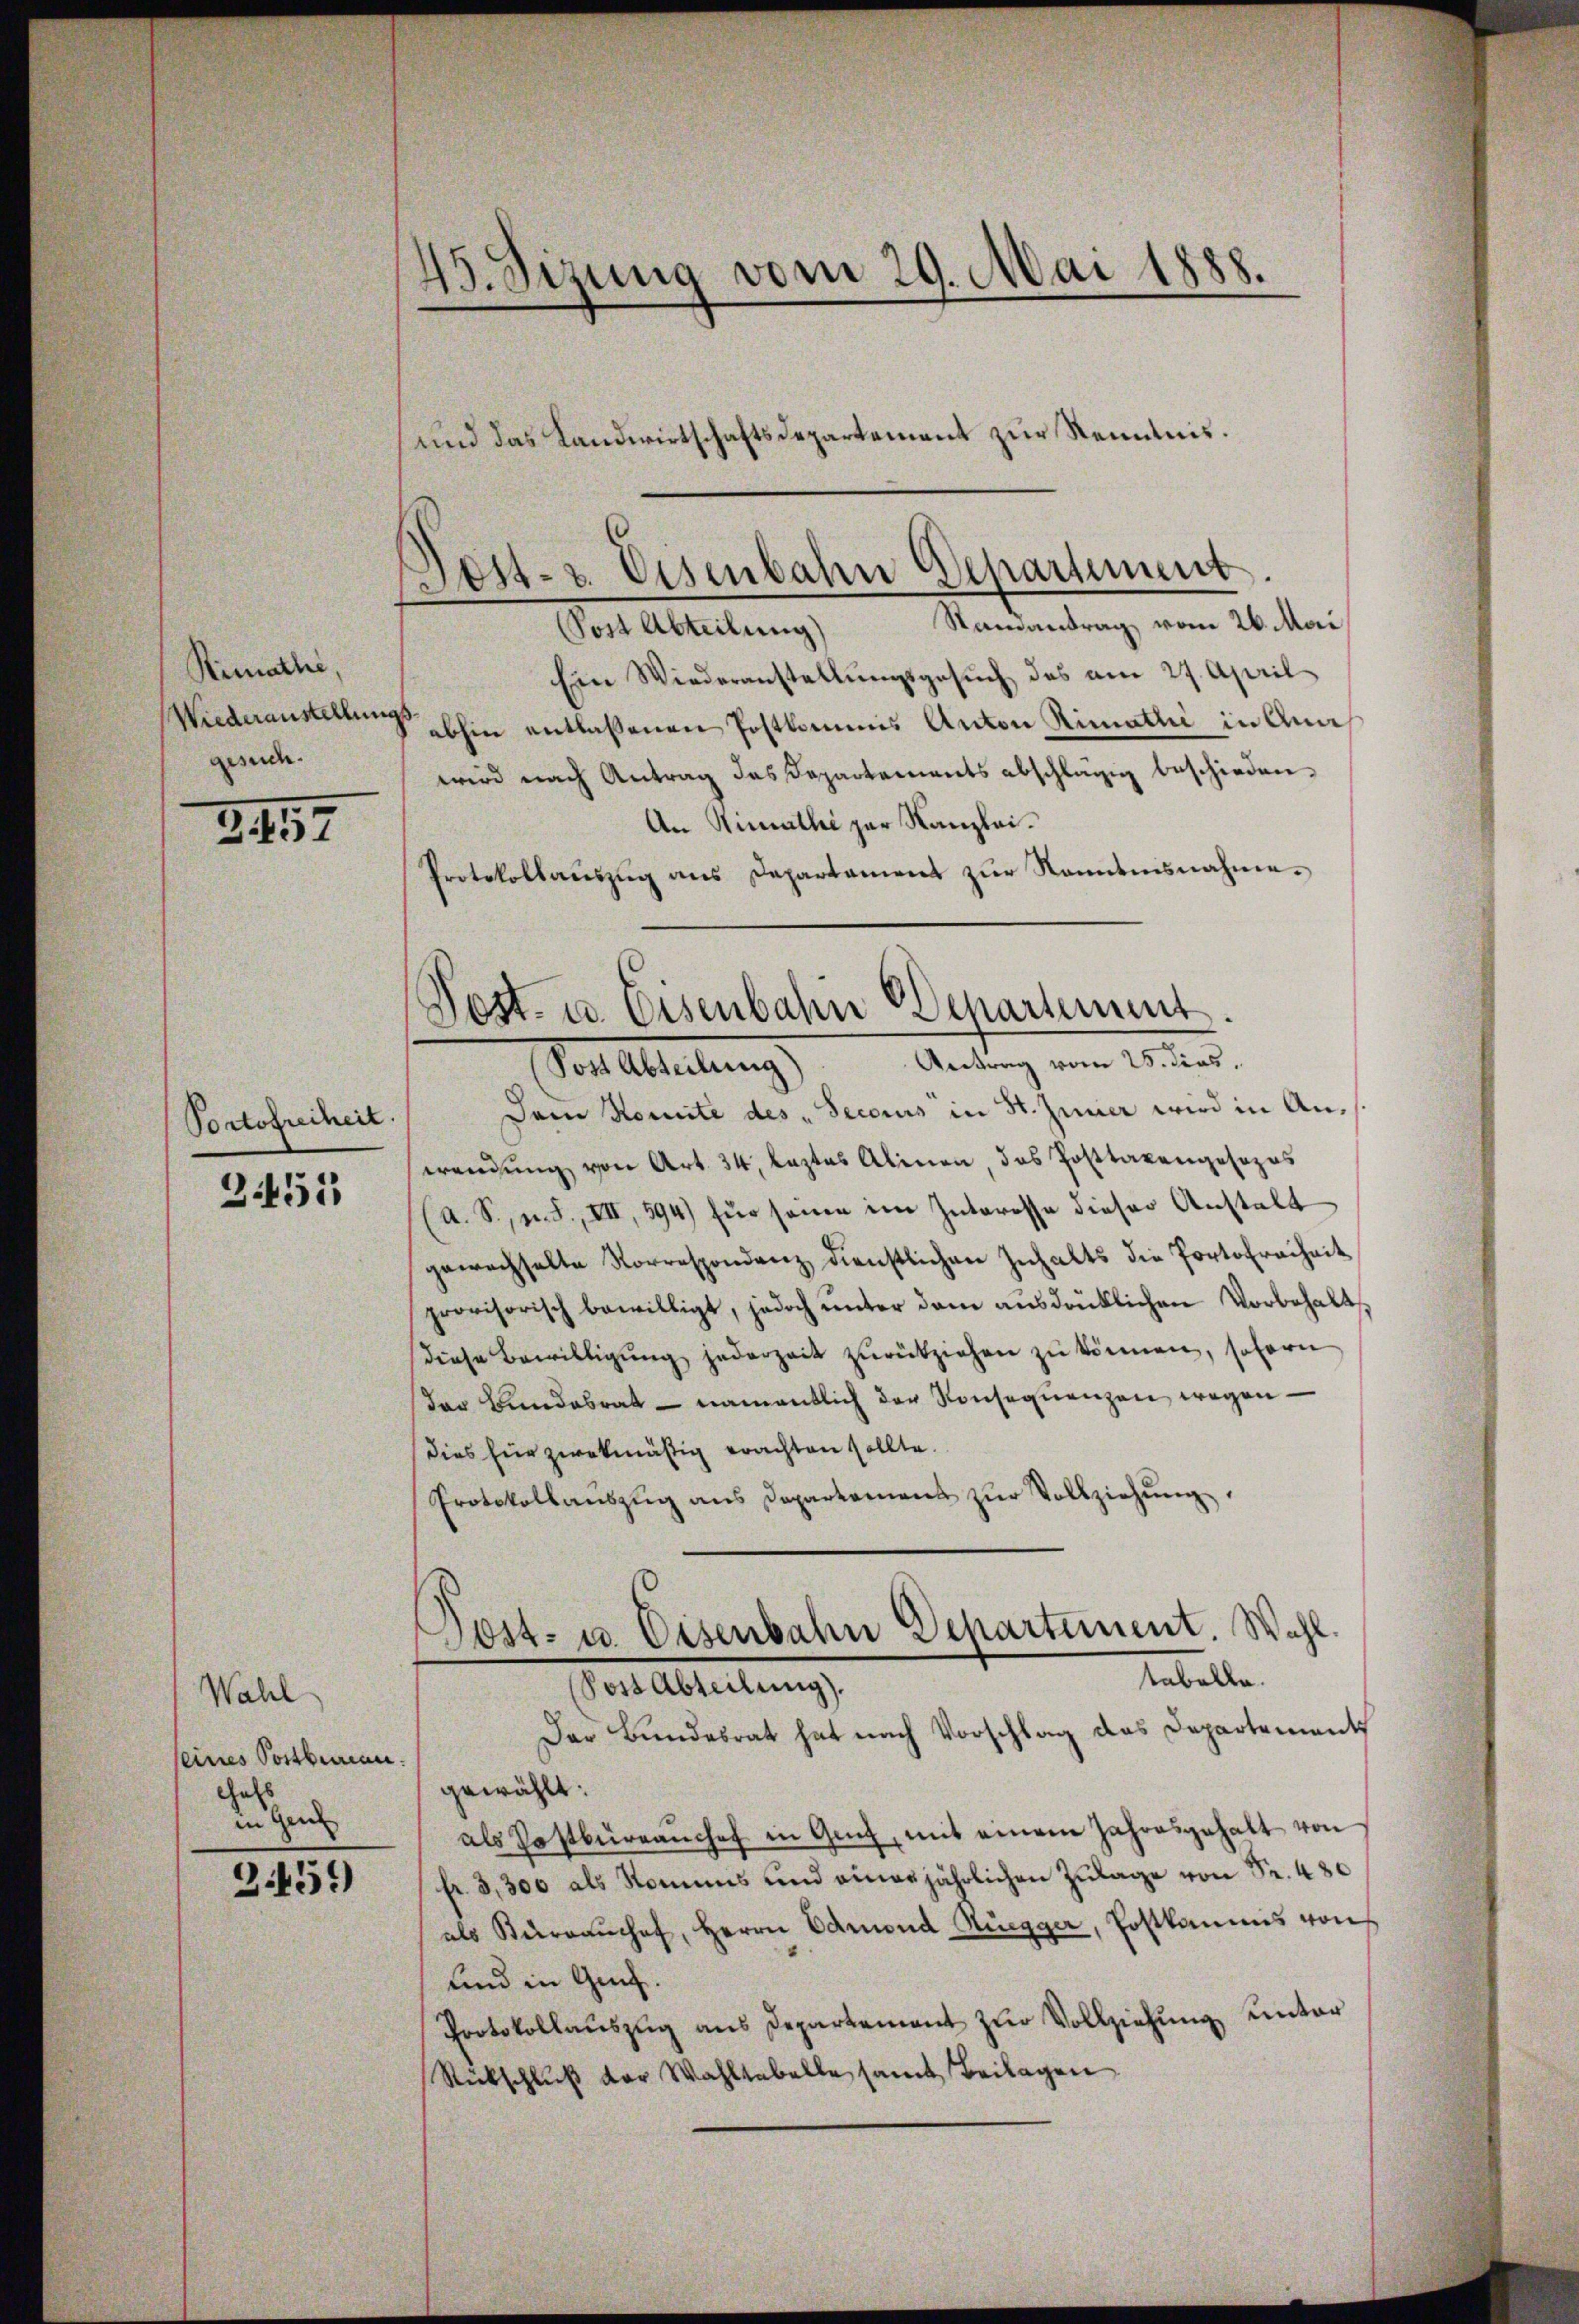
Rimathe,
Wiederaustellung
gesuc

347

Portofreiheit.
3451

Wahl
seines Postbemann.
cals
in Gen

3459)

45. Sizung vom 29. Mai 1888.

und das Landwirtschaftsdepartement zur Kenntnis.

Post- u. Eisenbahn Departement.
.

Samantrag vom 26. Mai
Post Abteilung)
Ein Wiederanstellungsgesuch des am 27. April
 abhin entlaßenen Postkommis Anton Rimatli in Anawird nach Antrag das Departements abschlägig beschieden.
An Wimathe zur Kanzlei.
Protokollaŭszŭg ans Departamens zŭr Nanntnisnahme.

Dem Komite des „Seccius in St. Inner wird in Anwendŭng von Art. 34, leztes Alinen das Posttaxengesezes
A. S., n. F., VII, 594) für seine im Interesse dieser Anstalt
gewachselte Korrespondenz dienstlichen Inhalts die Portofreiheit
provisorisch bewilligt, jedoch unter den ausdrüklichen Vorbehalt
diese Bewilligŭng jederzeit zŭrückziehen zŭ können, sofern
der Bundesrat - namentlich der Konsequenzen wegen¬
Dies für zwekmäßig erachten sollte.
Protokollauszug aus Departement zur Vollziehung,
Dost- u. Eisenbahn Departiment. Wahl.
tabellen.
Post Abteilung).
Der Bundesrat hat nach Vorschlag das Departement
gewählt:
als Postbüreaŭchef in Ganz, mit einem Jahresgehalt von
fr. 3,300 als Kommis und einer jährlichen Zŭlage von Fr. 480
als Kuranchef, Herrn Admond Rüegger, Postkammis von
und in Genf.
Protokollauszug aus Departement zur Vollziehung unter
Rückschluß der Wahltabelle samt Beilagen

Post- u. Eisenbahn Departement.
(Post Abteilung). Antrag vom 25. dies